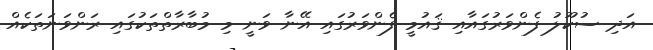
އަދި ސުކޫލު ފެންވަރުގައާއި ޤައުމީ ފެންވަރުގައި އޭނާ ވަނީ މި މުބާރާތްތަކުގައި ރަންވަނަތަކެއް